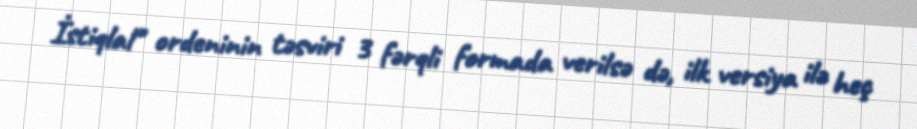
İstiqlal" ordeninin təsviri 3 fərqli formada verilsə də, ilk versiya ilə heç